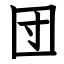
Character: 団